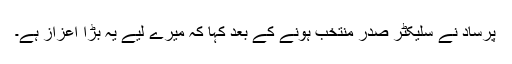
پرساد نے سلیکٹر صدر منتخب ہونے کے بعد کہا کہ میرے لیے یہ بڑا اعزاز ہے۔